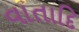
વાતાદિ